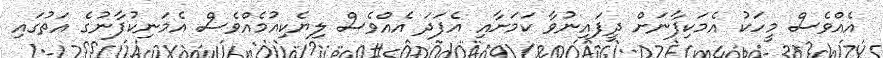
އެއްވެސް މީހަކު އެމަކިފާނަށް ދީފައިނުވާ ކަމަށާއި އެފަދަ އެއްވެސް ލިޔެކިއުމެއްވެސް އެމަނިކުފާނުގެ އަތުގައި